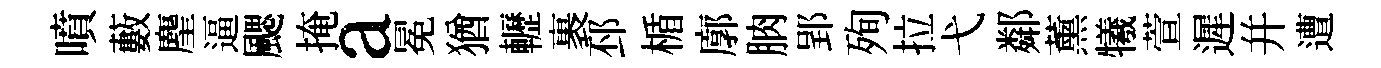
噴藪麈逼颸掩a冕猶轣裹邳楯廓朒郢殉拉弋鄰薰犧萱遲并遭